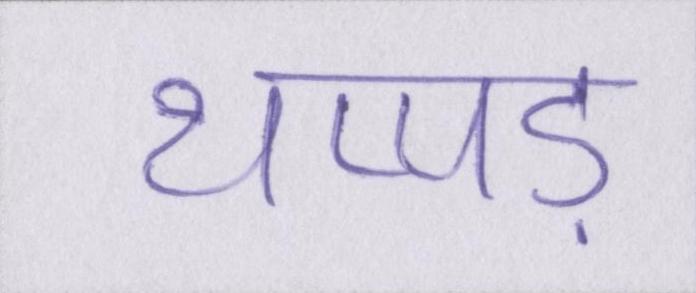
थप्पड़